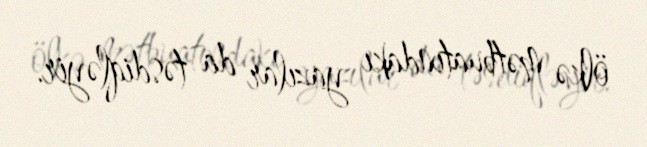
ölkə mətbuatındakı yazılar da təsdiqləyir.